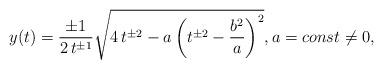
LaTeX: \begin{align*} y(t) = \frac{\pm 1}{2\,t^{\pm1}} \sqrt{4\, t^{\pm2} - a \left(t^{\pm2} - \frac{b^2}{a}\right)^2}, a = const \neq 0,\end{align*}